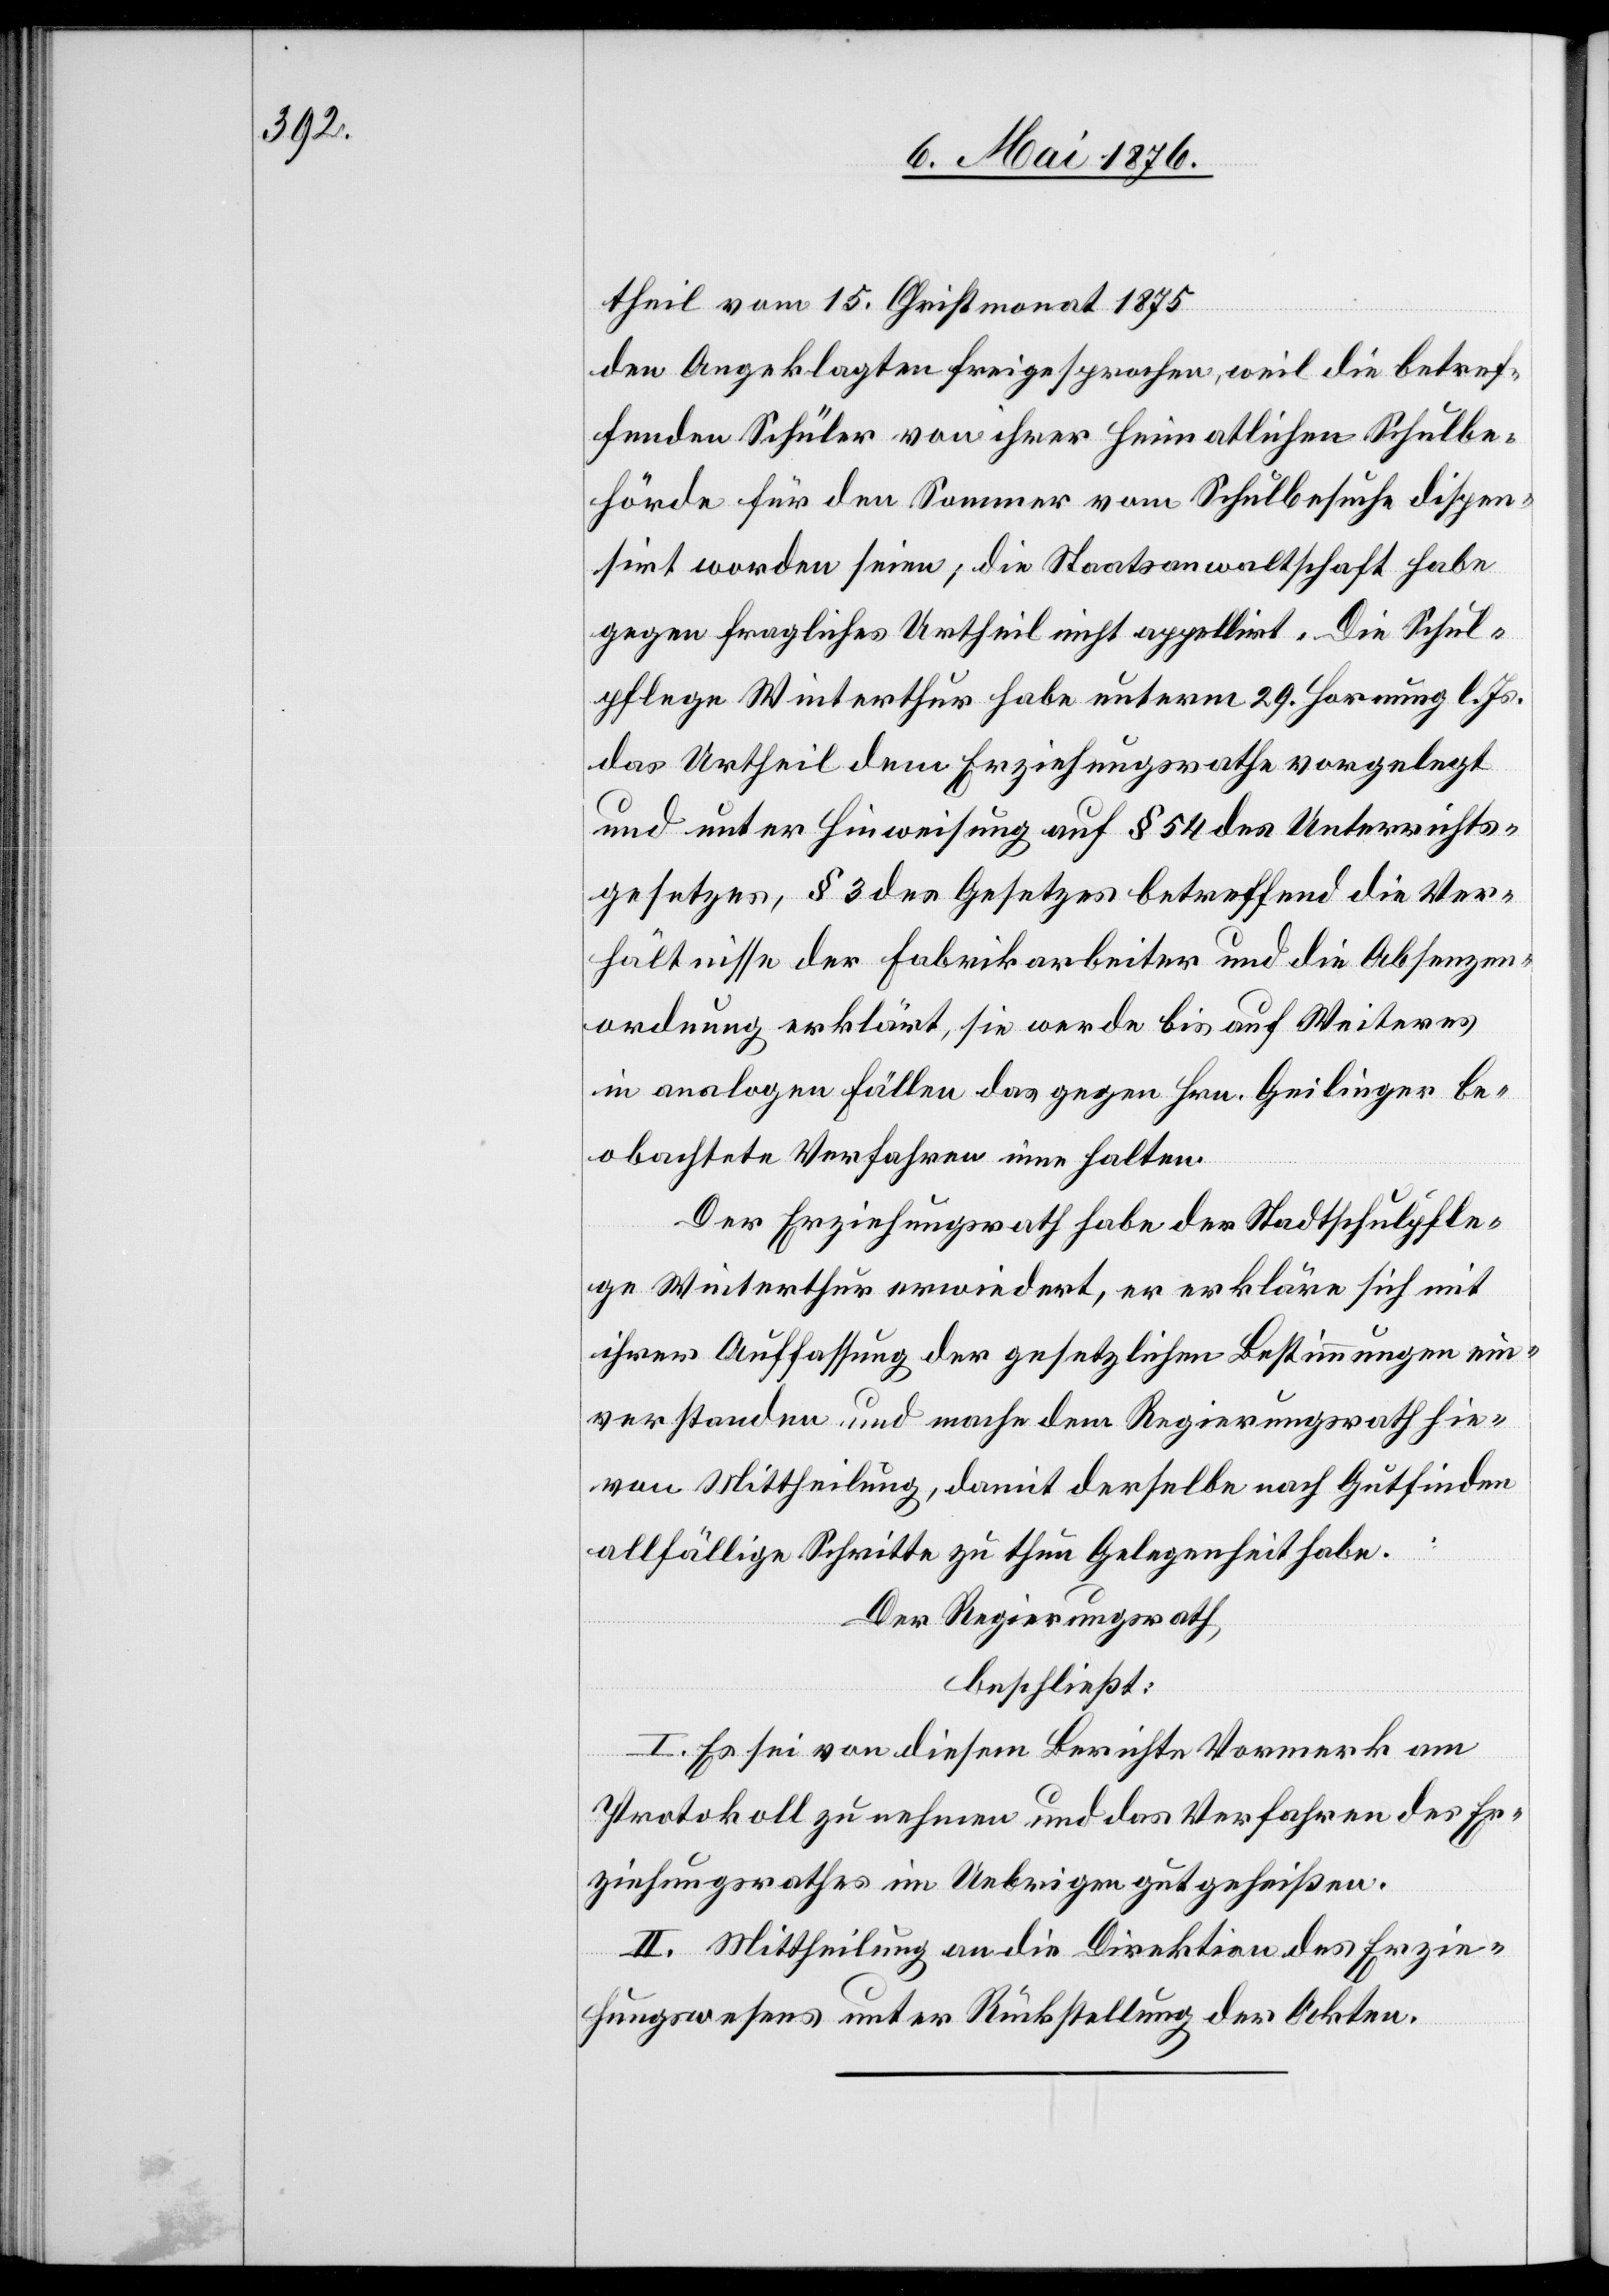
theil vom 15. Christmonat 1875
den Angeklagten freigesprochen, weil die betref¬
fenden Schüler von ihrer heimatlichen Schulbe¬
hörde für den Sommer vom Schulbesuche dispen¬
sirt worden seien; die Staatsanwaltschaft habe
gegen fragliches Urtheil nicht appellirt. Die Schul¬
pflege Winterthur habe unterm 29. Hornung l. Js.
das Urtheil dem Erziehungsrathe vorgelegt
und unter Hinweisung auf § 54 des Unterrichts¬
gesetzes, § 3 des Gesetzes betreffend die Ver¬
hältnisse der Fabrikarbeiter und die Absenzen¬
ordnung erklärt, sie werde bis auf Weiteres
in analogen Fällen das gegen Hrn. Geilinger be¬
obachtete Verfahren inne halten.
Der Erziehungsrath habe der Stadtschulpfle¬
ge Winterthur erwiedert, er erkläre sich mit
ihrer Auffassung der gesetzlichen Bestimmungen ein¬
verstanden und mache dem Regierungsrath hie¬
von Mittheilung, damit derselbe nach Gutfinden
allfällige Schritte zu thun Gelegenheit habe.
Der Regierungsrath,
beschließt:
I. Es sei von diesem Berichte Vormerk am
Protokoll zu nehmen und das Verfahren des Er¬
ziehungsrathes im Uebrigen gutzuheißen.
II. Mittheilung an die Direktion des Erzie¬
hungswesens unter Rückstellung der Akten.